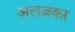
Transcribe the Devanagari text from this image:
अलज़कर